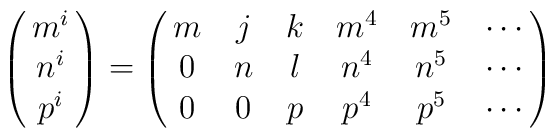
\pmatrix{ m^i\cr n^i\cr p^i}= \pmatrix{m &j &k & m^4 & m^5 &\cdots\cr 0 & n & l &n^4 & n^5 &\cdots \cr 0 & 0 & p & p^4 & p^5&\cdots}